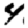
Digit: 4